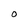
Character: O